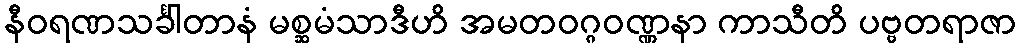
နီဝရဏသင်္ခါတာနံ မစ္ဆမံသာဒီဟိ အမတဝဂ္ဂဝဏ္ဏနာ ကာသီတိ ပဗ္ဗတရာဇာ